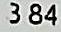
3.84